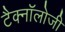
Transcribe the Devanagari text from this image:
टैक्नॉलोजी